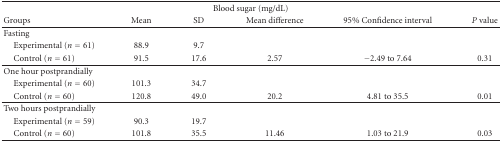
| <COLSPAN=6> Blood sugar (mg/dL) |
 | Groups | Mean | SD | Mean difference | 95% Confidence interval | P value |
 | --- | --- | --- | --- | --- | --- |
 | Fasting |  |  |  |  |  |
 | Experimental (n = 61) | 88.9 | 9.7 |  |  |  |
 | Control (n = 61) | 91.5 | 17.6 | 2.57 | −2.49 to 7.64 | 0.31 |
 | One hour postprandially |  |  |  |  |  |
 | Experimental (n = 60) | 101.3 | 34.7 |  |  |  |
 | Control (n = 60) | 120.8 | 49.0 | 20.2 | 4.81 to 35.5 | 0.01 |
 | Two hours postprandially |  |  |  |  |  |
 | Experimental (n = 59) | 90.3 | 19.7 |  |  |  |
 | Control (n = 60) | 101.8 | 35.5 | 11.46 | 1.03 to 21.9 | 0.03 |